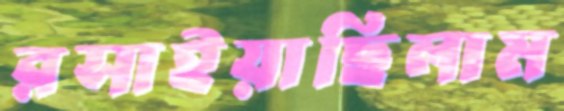
রসাইয়াছিলাম